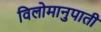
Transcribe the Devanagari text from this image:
विलोमानुपाती